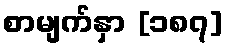
စာမျက်နှာ [၁၈၇]